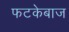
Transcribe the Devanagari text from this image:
फटकेबाज